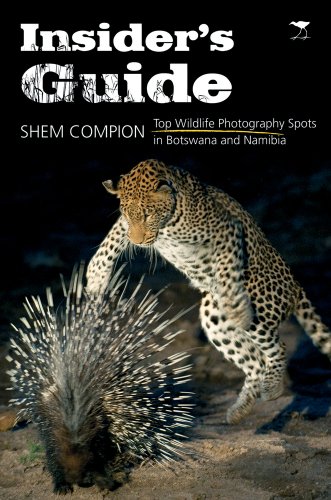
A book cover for Insider's Guide: Top Wildlife Photography Spots in Botswana and Namibia; Shem Compion; Travel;